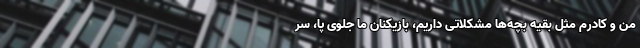
من و کادرم مثل بقیه بچه‌ها مشکلاتی داریم، ‌بازیکنان ما جلوی پا، سر